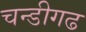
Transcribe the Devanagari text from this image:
चन्डीगढ